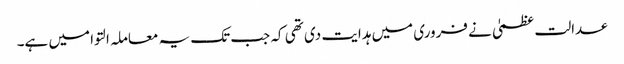
عدالت عظمیٰ نے فروری میں ہدایت دی تھی کہ جب تک یہ معاملہ التوا میں ہے۔